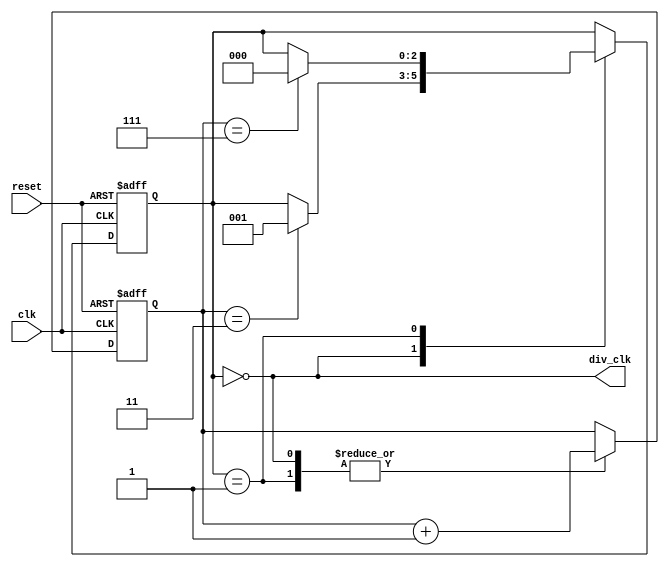
module DualModulusClockDivider (
    input wire clk,
    input wire reset,
    output reg div_clk
);

parameter MOD1 = 4; // First modulus value
parameter MOD2 = 8; // Second modulus value

reg [7:0] count;
reg [2:0] state;

always @(posedge clk or posedge reset) begin
    if (reset) begin
        count <= 8'd0;
        state <= 3'd0;
    end else begin
        case(state)
            3'd0: begin
                count <= count + 1;
                if (count == MOD1-1) begin
                    state <= 3'd1;
                end
            end
            3'd1: begin
                count <= count + 1;
                if (count == MOD2-1) begin
                    state <= 3'd0;
                end
            end
        endcase
    end
end

assign div_clk = (state == 3'd0);

endmodule